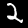
Label: 2